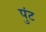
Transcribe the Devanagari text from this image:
पुंट